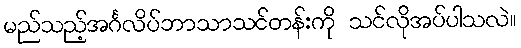
မည်သည့်အင်္ဂလိပ်ဘာသာသင်တန်းကို သင်လိုအပ်ပါသလဲ။